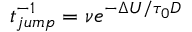
t _ { j u m p } ^ { - 1 } = \nu e ^ { - \Delta U / \tau _ { 0 } D }